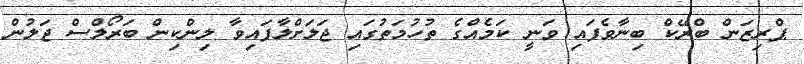
ޕްރިޒަން ބްރޭކް ބިނާވެފައި ވަނީ ކަމެއްގެ ތުހުމަތުގައި ޖަލަށްލާފައިވާ ލިންކިން ބަރޯލްސް ޖަލުން